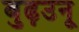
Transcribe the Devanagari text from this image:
बुढ़उनू